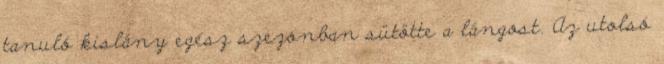
tanuló kislány egész szezonban sütötte a lángost. Az utolsó